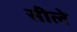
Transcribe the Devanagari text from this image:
सीले